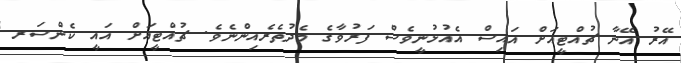
އޭރު އޭނާ ޗުއްޓީއަށް އައިސް އެއުޅުނީވެސް ފަރުވާގެ މެދުތެރެއިންނެވެ. ޗުއްޓީއަށް އައީ ކެންސަރ